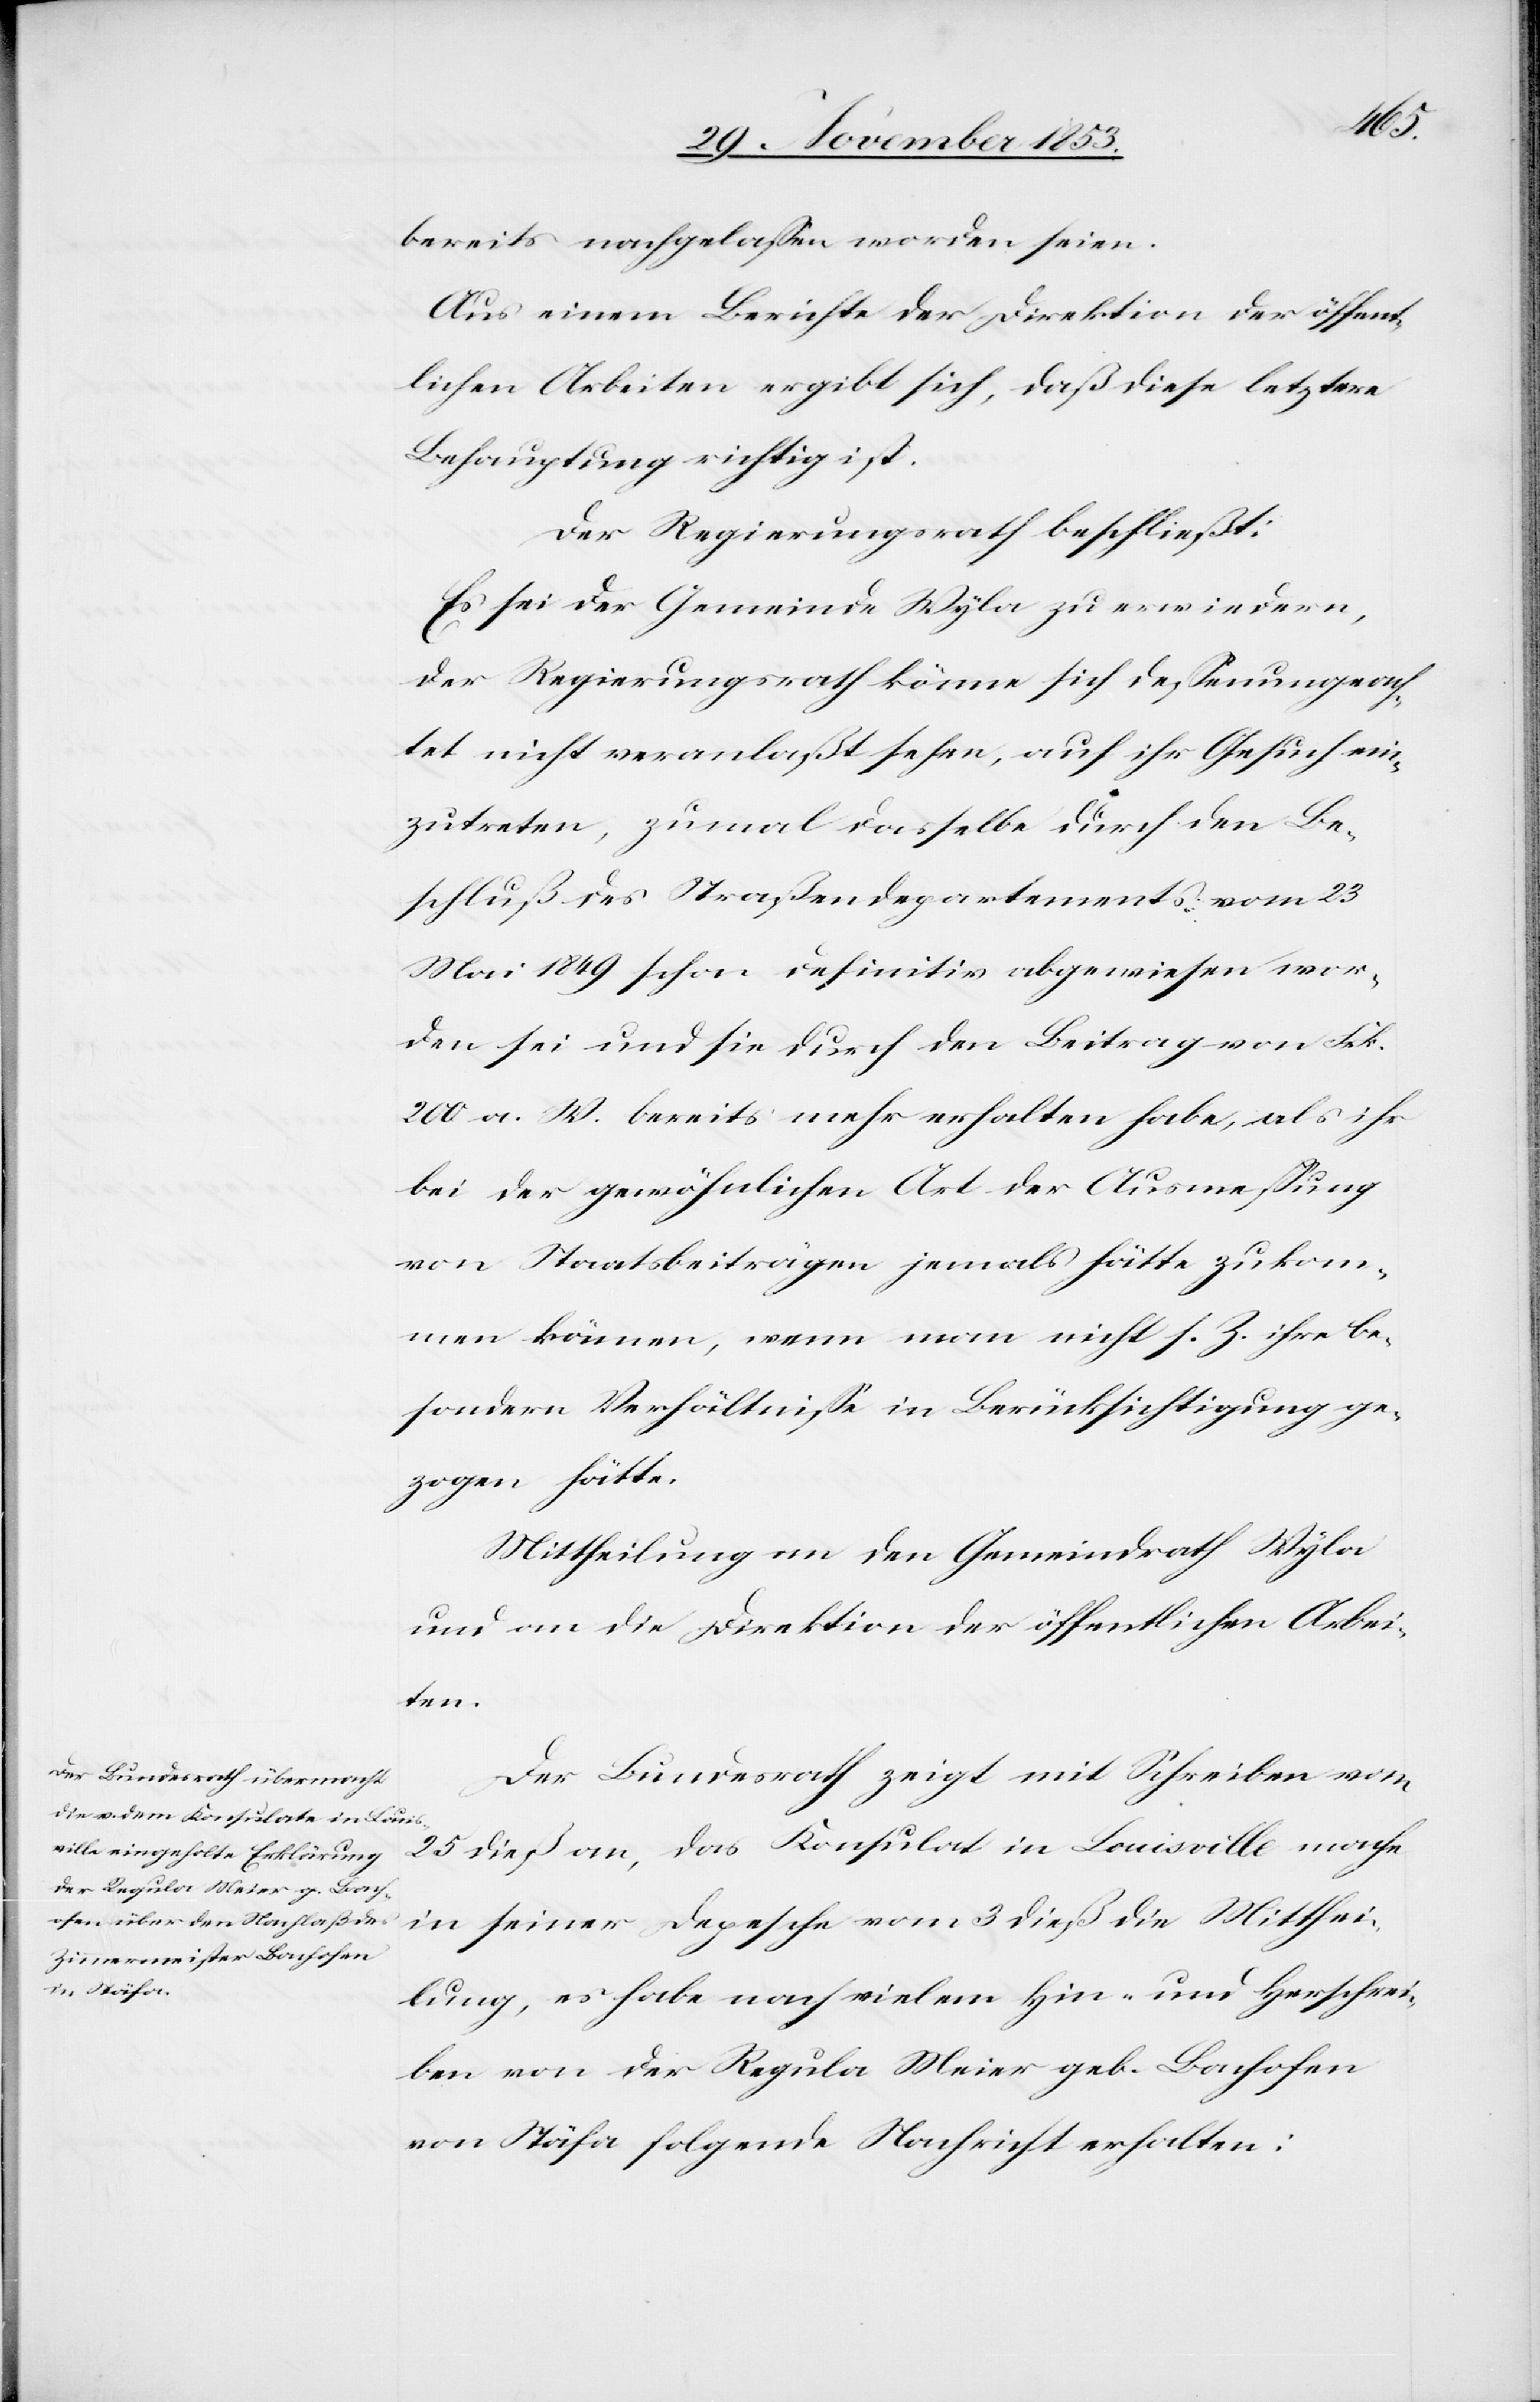
bereits nachgelaßen worden seien.
Aus einem Berichte der Direktion der öffent¬
lichen Arbeiten ergibt sich, daß diese letztere
Behauptung richtig ist.
Der Regierungsrath beschließt:
Es sei der Gemeinde Wyla zu erwiedern,
der Regierungsrath könne sich deßenungeach¬
tet nicht veranlaßt sehen, auf ihr Gesuch ein¬
zutreten, zumal dasselbe durch den Be¬
schluß Straßendepartements vom 23
Mai 1849 schon definitiv abgewiesen wor¬
den sei und sie durch den Beitrag von Frk.
200 a. W. bereits mehr erhalten habe, als ihr
bei der gewöhnlichen Art der Ausmeßung
von Staatsbeiträgen jemals hätte zukom¬
men können, wenn man nicht s. Z. ihre be¬
sondern Verhältniße in Berücksichtigung ge¬
zogen hätte.
Mittheilung an den Gemeindrath Wyla
und an die Direktion der öffentlichen Arbei¬
ten.
Der Bundesrath zeigt mit Schreiben vom
25 dieß an, das Konsulat in Louisville mache
in seiner Depesche vom 3 dieß die Mitthei¬
lung, es habe nach vielem Hin- und Herschrei¬
ben von der Regula Meier geb. Bachofen
von Stäfa folgende Nachricht erhalten: